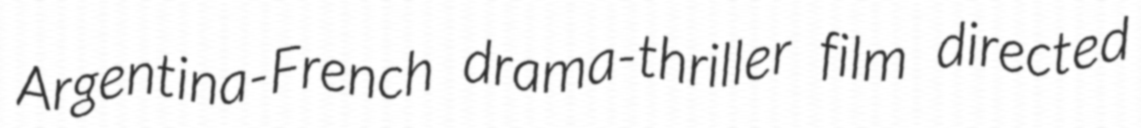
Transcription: Argentina-French drama-thriller film directed